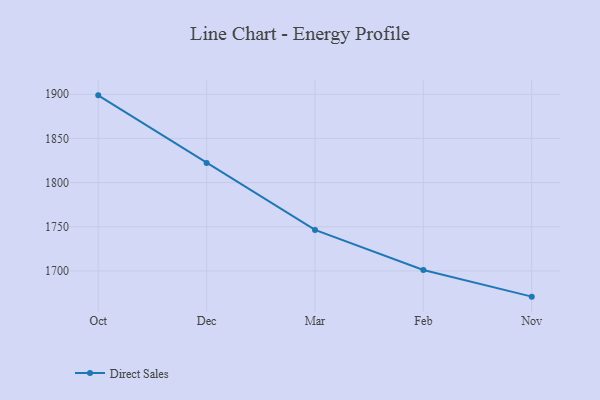
{"axis": {"x": "Month", "y": "Humidity (%)"}, "legend": ["Direct Sales"], "data": [{"x": "Oct", "y": 1898.8, "type": "Direct Sales"}, {"x": "Dec", "y": 1822.1, "type": "Direct Sales"}, {"x": "Mar", "y": 1746.4, "type": "Direct Sales"}, {"x": "Feb", "y": 1701.0, "type": "Direct Sales"}, {"x": "Nov", "y": 1670.9, "type": "Direct Sales"}]}